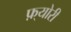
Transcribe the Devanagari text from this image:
फ़्योरी